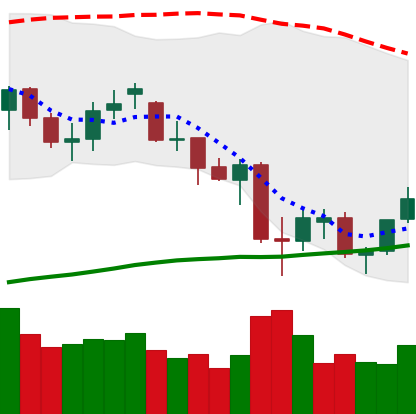
Ticker: ETH-USD
Chart end date: 2021-06-28
Forward return: 7.042%
Label: up_7plus